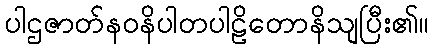
ပါဌဇာတ်နဝနိပါတပါဠိတောနိသျပြီး၏။